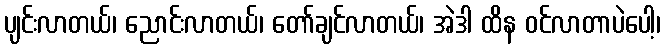
ပျင်းလာတယ်၊ ညောင်းလာတယ်၊ တော်ချင်လာတယ်၊ အဲဒါ ထိန ဝင်လာတာပဲပေါ့၊